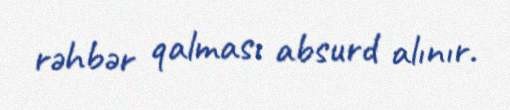
rəhbər qalması absurd alınır.